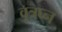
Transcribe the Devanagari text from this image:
वृत्रघ्न